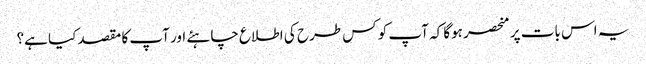
یہ اس بات پر منحصر ہوگا کہ آپ کو کس طرح کی اطلاع چاہئے اور آپ کا مقصد کیا ہے؟